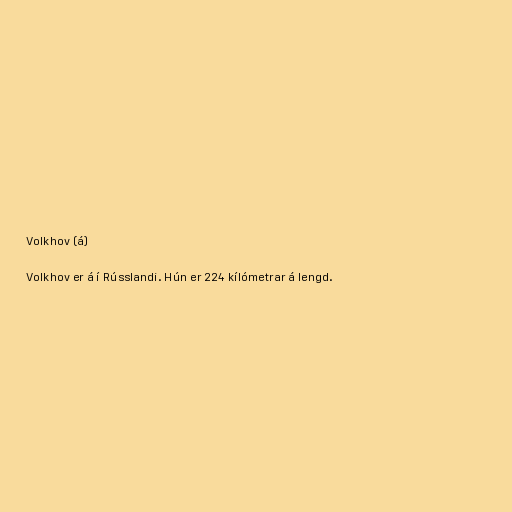
Volkhov (á)

Volkhov er á í Rússlandi. Hún er 224 kílómetrar á lengd.